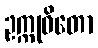
ဥက္ကုဓိတော